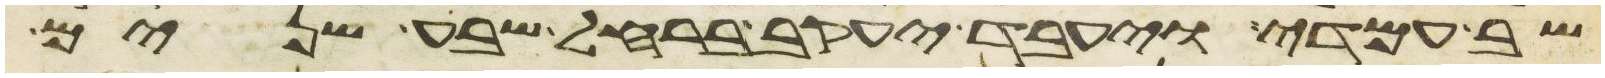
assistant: שב עמדי ויעבד יעקב ברחל שבע שנים